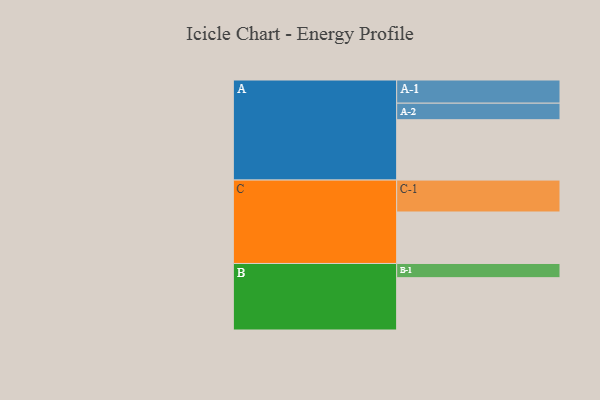
{"axis": {"x": "Segment", "y": "Value"}, "legend": ["", "A", "B", "C"], "data": [{"x": "A", "y": 518, "type": ""}, {"x": "B", "y": 449, "type": ""}, {"x": "C", "y": 442, "type": ""}, {"x": "A-1", "y": 199, "type": "A"}, {"x": "A-2", "y": 142, "type": "A"}, {"x": "B-1", "y": 122, "type": "B"}, {"x": "C-1", "y": 274, "type": "C"}]}